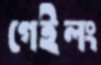
গেইলং